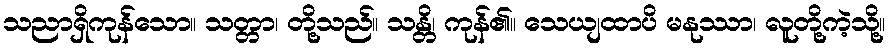
သညာရှိကုန်သော။ သတ္တာ၊ တို့သည်။ သန္တိ၊ ကုန်၏။ သေယျထာပိ မနုဿာ၊ လူတို့ကဲ့သို့။